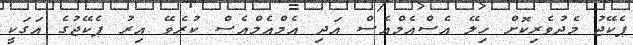
ޕެކޭޖު މެދުވެރިކޮށް ހިލޭ އެސްއެމްއެސް އަދި އެމްއެމްއެސް ކުރެވޭ އިރު ޕެކޭޖުގެ އަގަކީ